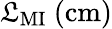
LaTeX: \mathfrak{L}_{\mathrm{{MI}}}\ \mathrm{{(cm)}}